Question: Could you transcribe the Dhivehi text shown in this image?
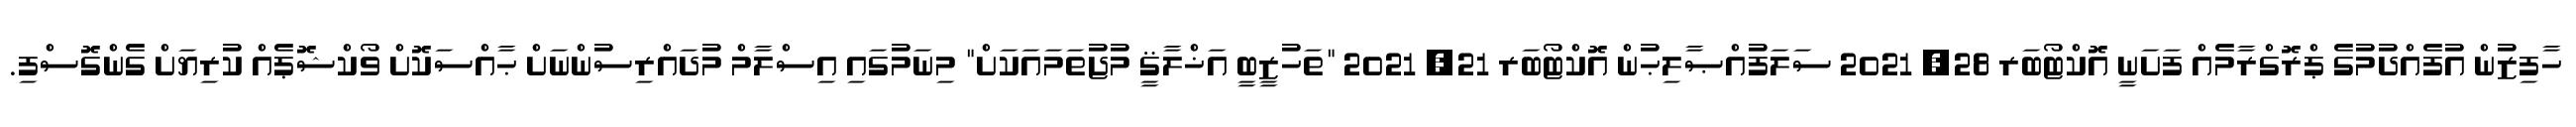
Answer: ހާފިޒުން އުފެއްދުމުގެ ޕްރޮގްރާމެއް ފަށަނީ އޮކްޓޯބަރ 28, 2021 ސަލަފުއްޞާލިޙުން އޮކްޓޯބަރ 21, 2021 "ތަހުޒީބީ އަޚްލާޤީ މުޖުތަމައަކަށް" މިނަމުގައި އިސްލާމް މުދައްރިސުންނަށް ޙާއްސަކޮށް ވޯކްޝޮޕެއް ކުރިޔަށް ގެންގޮސްފި.